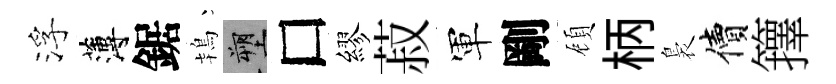
浮薄鋸鴇塑□繆菽軍剛頋柄裊價籜